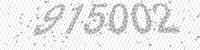
Solution: 915002